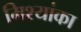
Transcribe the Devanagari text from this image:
मिश्यांका